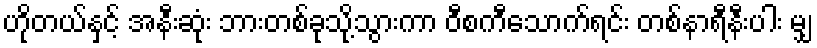
ဟိုတယ်နှင့် အနီးဆုံး ဘားတစ်ခုသို့သွားကာ ဝီစကီသောက်ရင်း တစ်နာရီနီးပါး မျှ